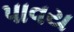
પાવય